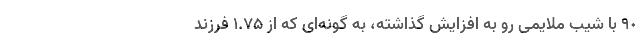
٩٠ با شیب ملایمی رو به افزایش گذاشته، به گونه­‌ای که از ۱.۷۵ فرزند